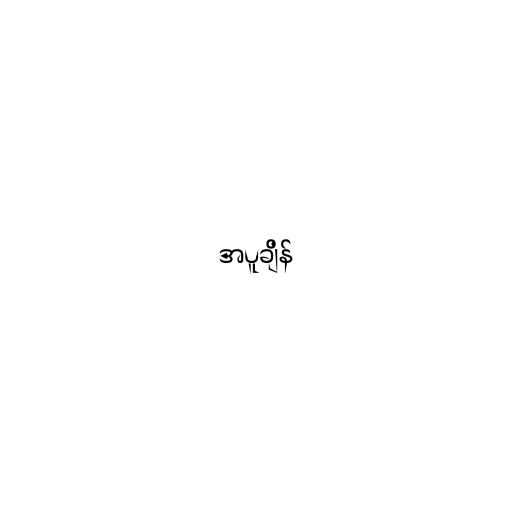
အပူချိန်